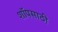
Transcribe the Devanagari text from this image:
शॉपसाठी